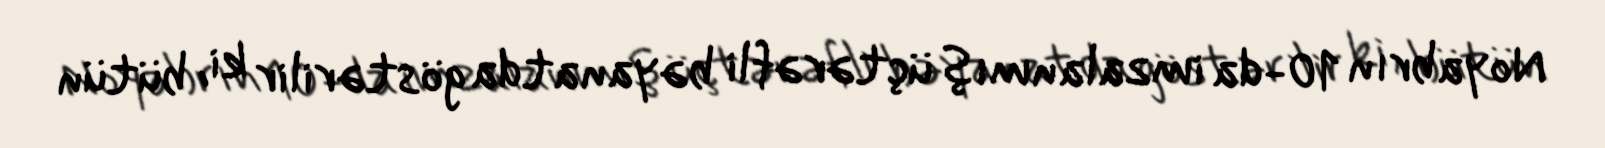
Noyabrın 10-da imzalanmış üçtərəfli bəyanatda göstərilir ki, bütün